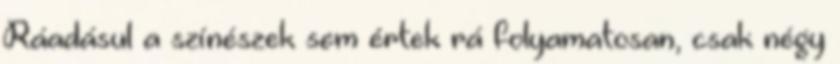
Ráadásul a színészek sem értek rá folyamatosan, csak négy